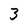
Character: 3